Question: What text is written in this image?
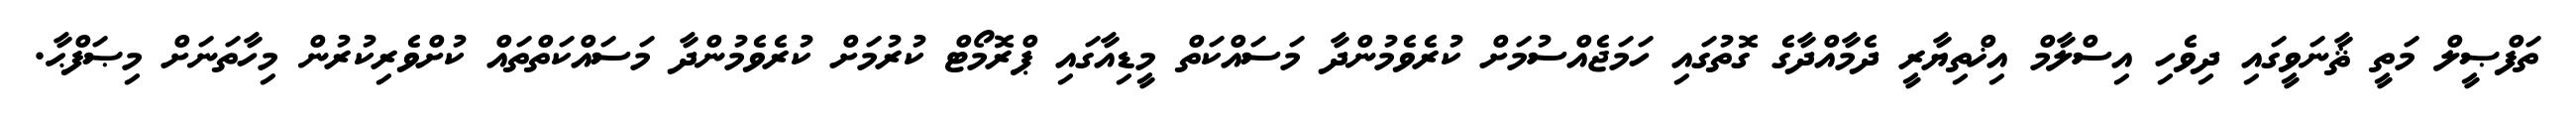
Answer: ތަފްޞީލް މަތީ ޘާނަވީގައި ދިވެހި އިސްލާމް އިޚްތިޔާރީ ދެމާއްދާގެ ގޮތުގައި ހަމަޖެއްސުމަށް ކުރެވެމުންދާ މަސައްކަތް މީޑިއާގައި ޕްރޮމޯޓް ކުރުމަށް ކުރެވެމުންދާ މަސައްކަތްތައް ކުށްވެރިކުރުން މިހާތަނަށް މިޞަފްޙާ.